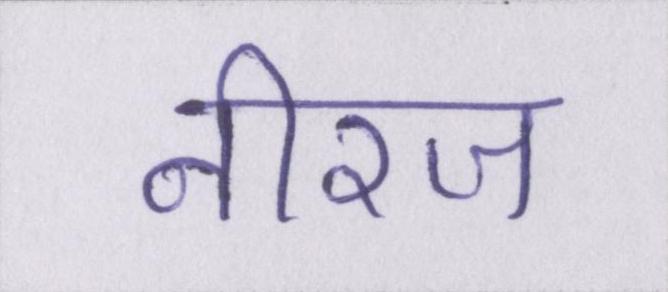
नीरज